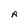
Character: A